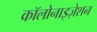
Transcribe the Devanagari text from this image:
कॉलोनाइज़ेशन